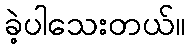
ခဲ့ပါသေးတယ်။